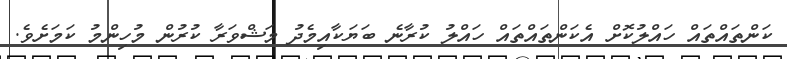
ކަންތައްތައް ހައްލުކޮށް އެކަންތައްތައް ހައްލު ކުރާނެ ބަޔަކާއިމެދު މަޝްވަރާ ކުރުން މުހިންމު ކަމަށެވެ.